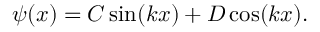
\psi ( x ) = C \sin ( k x ) + D \cos ( k x ) .